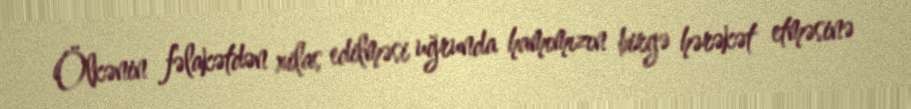
Ölkənin fəlakətdən xilas edilməsi uğrunda hamımızın birgə hərəkət etməsinə